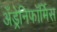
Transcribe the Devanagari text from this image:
अँड्रेनिफॉर्मिस